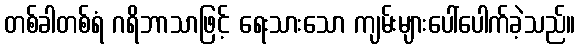
တစ်ခါတစ်ရံ ဂရိဘာသာဖြင့် ရေးသားသော ကျမ်းများပေါ်ပေါက်ခဲ့သည်။